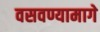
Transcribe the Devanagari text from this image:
वसवण्यामागे